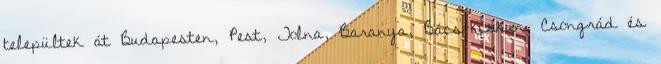
települtek át Budapesten, Pest, Tolna, Baranya, Bács-Kiskun, Csongrád és